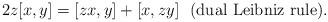
LaTeX: \begin{align*}2z[x,y]=[zx,y]+[x,zy]\,\,\,\,\mbox{(dual Leibniz rule)}.\end{align*}